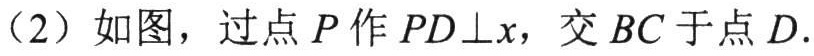
（2）如图，过点\(P\)作\(PD\bot x\)，交\(BC\)于点\(D\).